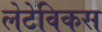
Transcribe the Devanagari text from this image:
लेटेविकस